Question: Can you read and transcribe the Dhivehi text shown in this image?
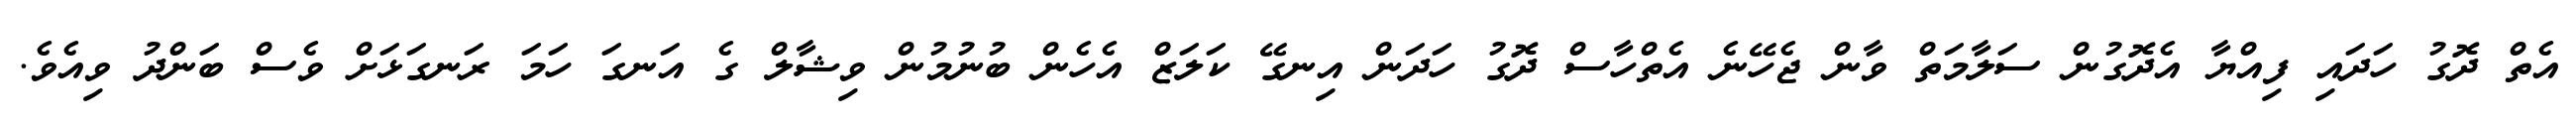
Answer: އެތް ދޮގު ހަދައި ފިއްޔާ އެދޮގުން ސަލާމަތް ވާން ޖެހޭނެ އެތްހާސް ދޮގު ހަދަން އިނގޭ ކަލަޒް އެހެން ބުނުމުން ވިޝާލް ގެ އަނގަ ހަމަ ރަނގަޅަށް ވެސް ބަންދު ވިއެވެ.